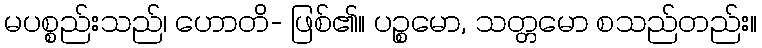
မပစ္စည်းသည်၊ ဟောတိ- ဖြစ်၏။ ပဉ္စမော, သတ္တမော စသည်တည်း။